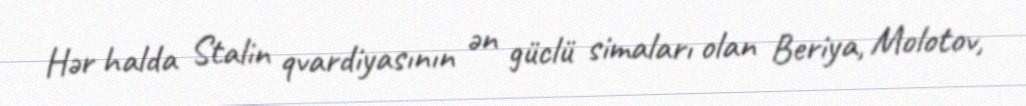
Hər halda Stalin qvardiyasının ən güclü simaları olan Beriya, Molotov,